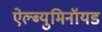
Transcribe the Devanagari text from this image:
ऐल्ब्युमिनॉयड